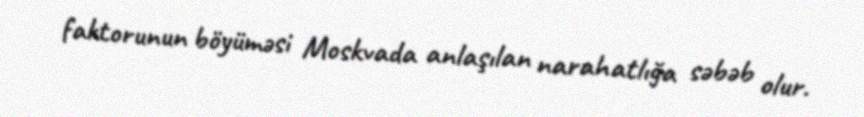
faktorunun böyüməsi Moskvada anlaşılan narahatlığa səbəb olur.